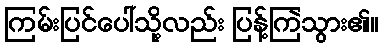
ကြမ်းပြင်ပေါ်သို့လည်း ပြန့်ကြဲသွား၏။